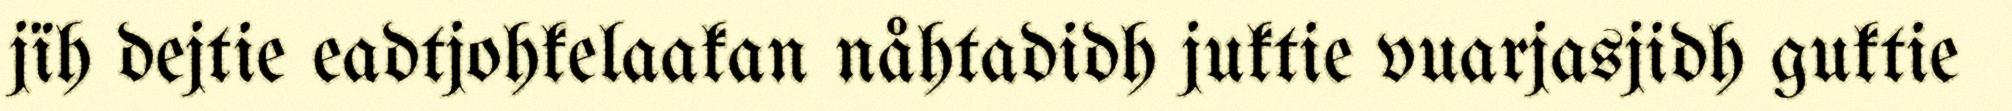
jïh dejtie eadtjohkelaakan nåhtadidh juktie vuarjasjidh guktie